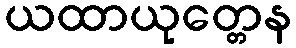
ယထာယုတ္တေန